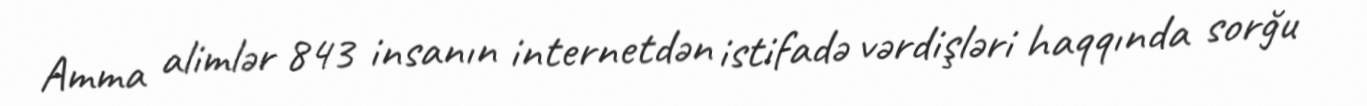
Amma alimlər 843 insanın internetdən istifadə vərdişləri haqqında sorğu